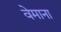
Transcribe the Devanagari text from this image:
वेमाना